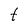
Character: t